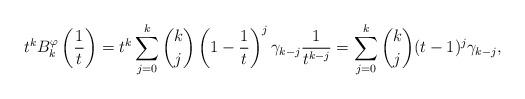
LaTeX: \begin{align*}t^k B_k^{\varphi}\left(\frac{1}{t}\right)=t^k\sum_{j=0}^k \binom{k}{j} \left(1-\frac{1}{t}\right)^j\gamma_{k-j}\frac{1}{t^{k-j}}=\sum_{j=0}^k \binom{k}{j} (t-1)^j\gamma_{k-j},\end{align*}